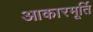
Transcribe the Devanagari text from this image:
आकारमूर्ति